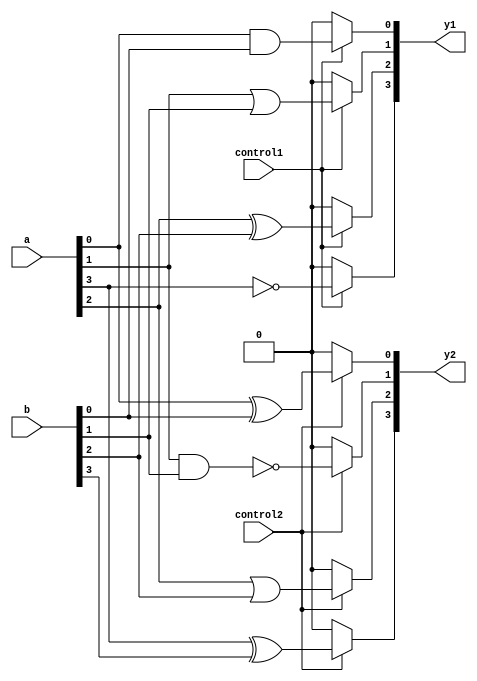
module overlapping_groups (
    input wire [3:0] a,          // Primary inputs
    input wire [3:0] b,          // Primary inputs
    input wire control1,          // Control signal for Group 1
    input wire control2,          // Control signal for Group 2
    output reg [3:0] y1,         // Outputs from Group 1
    output reg [3:0] y2          // Outputs from Group 2
);

// Group 1 logic - Example: AND and OR operations
always @(*) begin
    if (control1) begin
        y1[0] = a[0] & b[0];     // AND operation
        y1[1] = a[1] | b[1];     // OR operation
        y1[2] = a[2] ^ b[2];     // XOR operation
        y1[3] = ~a[3];           // NOT operation
    end else begin
        y1 = 4'b0000;             // Disable Group 1 output when control is low
    end
end

// Group 2 logic - Example: XOR and NAND operations with overlapping input 'a' and 'b'
always @(*) begin
    if (control2) begin
        y2[0] = a[0] ^ b[0];     // XOR operation
        y2[1] = ~(a[1] & b[1]);  // NAND operation
        y2[2] = a[2] | b[2];      // OR operation
        y2[3] = a[3] ^ b[3];      // XOR operation
    end else begin
        y2 = 4'b0000;             // Disable Group 2 output when control is low
    end
end

endmodule